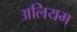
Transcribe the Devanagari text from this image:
अलियम्